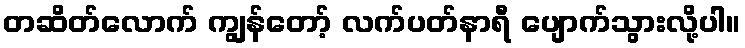
တဆိတ်လောက် ကျွန်တော့် လက်ပတ်နာရီ ပျောက်သွားလို့ပါ။